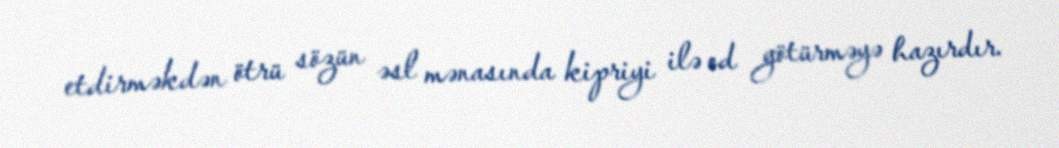
etdirməkdən ötrü sözün əsl mənasında kipriyi ilə od götürməyə hazırdır.